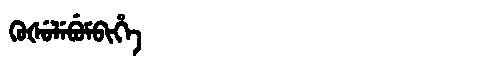
Manchu: ᡴᡠᡧᡠᠯᡝᠪᡠᠮᠪᡳᡥᡝ
Romanization: KUŠULEBUMBIHE